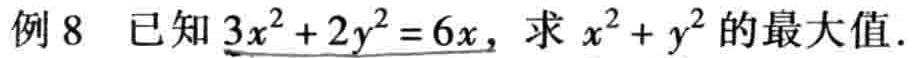
例 8 已知\(3x^{2}+2y^{2}=6x\)，求\(x^{2}+y^{2}\)的最大值.